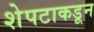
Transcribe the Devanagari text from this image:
शेपटाकडून